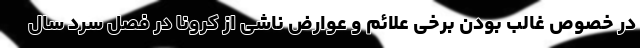
در خصوص غالب بودن برخی علائم و عوارض ناشی از کرونا در فصل سرد سال